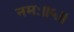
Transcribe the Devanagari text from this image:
नमः॥५॥